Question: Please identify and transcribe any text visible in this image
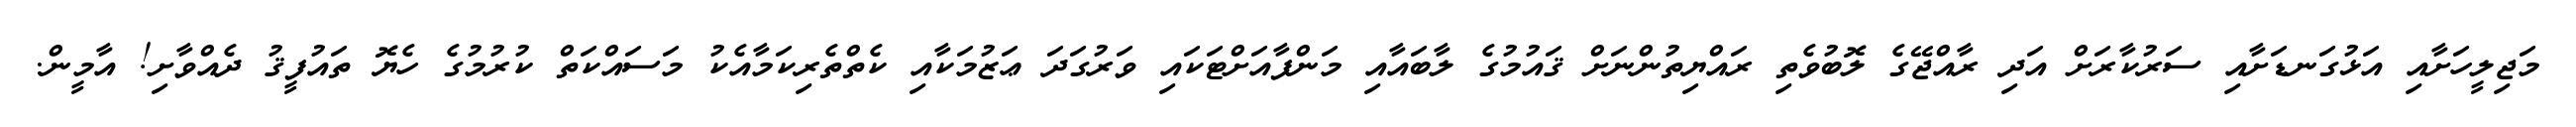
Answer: މަޖިލީހަށާއި އަޅުގަނޑަށާއި ސަރުކާރަށް އަދި ރާއްޖޭގެ ލޮބުވެތި ރައްޔިތުންނަށް ޤައުމުގެ ލާބައާއި މަންފާއަށްޓަކައި ވަރުގަދަ ޢަޒުމަކާއި ކެތްތެރިކަމާއެކު މަސައްކަތް ކުރުމުގެ ހެޔޮ ތައުފީޤު ދެއްވާށި! އާމީން.